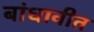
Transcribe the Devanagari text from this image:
बांधावीत